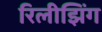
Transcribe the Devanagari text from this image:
रिलीझिंग